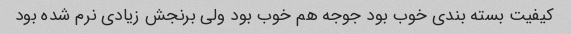
کیفیت بسته بندی خوب بود جوجه هم خوب بود ولی برنجش زیادی نرم شده بود